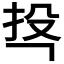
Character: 𭠚